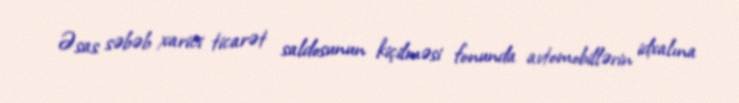
Əsas səbəb xarici ticarət saldosunun kiçilməsi fonunda avtomobillərin idxalına